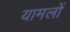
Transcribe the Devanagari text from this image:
यामलों